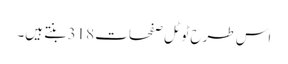
اس طرح ٹوٹل صفحات 318 بنتے ہیں۔